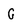
Character: G